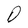
Character: D